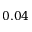
0 . 0 4